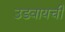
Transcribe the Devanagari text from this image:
उडवायची